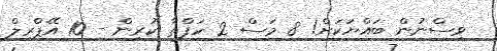
ވިސްނުން ބައްޔަކަށް! 8 މަސް 2 ހަފްތާ ކުރިން - 10 އޭޕްރިލް